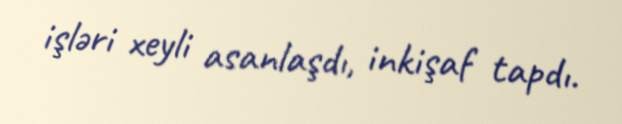
işləri xeyli asanlaşdı, inkişaf tapdı.